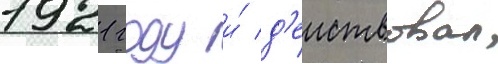
1921 году и́ д'еиствовал